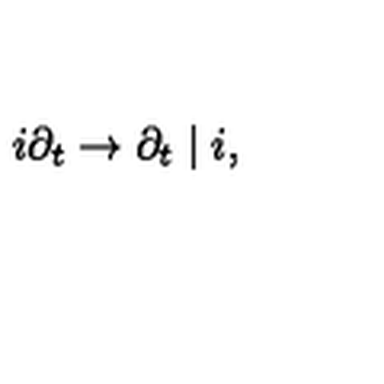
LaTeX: i \partial _ { t } \rightarrow \partial _ { t } \mid i ,